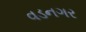
વડનગર